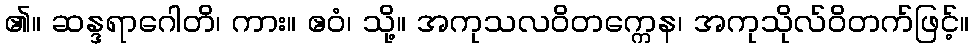
၏။ ဆန္ဒရာဂေါတိ၊ ကား။ ဧဝံ၊ သို့။ အကုသလဝိတက္ကေန၊ အကုသိုလ်ဝိတက်ဖြင့်။